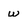
Character: w